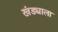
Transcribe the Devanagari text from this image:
खंड्याला